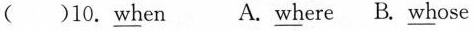
（）10.\underline{wh}en A.\underline{wh}ere B.\underline{wh}ose